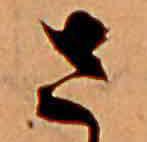
さ